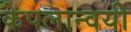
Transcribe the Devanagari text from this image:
केपलान्वयी